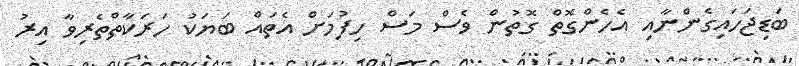
ބަޑިޖަހައިގެންނާއި އެހެންގޮތް ގޮތުން ވެސް މަސް ހިފުމަށް އެތައް ބަޔަކު ހަރަކާތްތެރިވާ އިރު